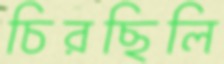
চিরছিলি